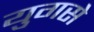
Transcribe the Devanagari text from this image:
युगसे